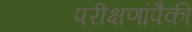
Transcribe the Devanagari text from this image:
परीक्षणांपैकी